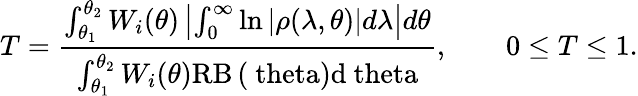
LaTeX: T=\frac{\int_{\theta_{1}}^{\theta_{2}}W_{i}(\theta)\left|\int_{0}^{\infty}\ln\left|\rho(\lambda,\theta)\right|\! \, d\lambda\right|d\theta}{\int_{\theta_{1}}^{\theta_{2}}W_{i}(\theta)\mathrm{{RB}\left(\ theta\right)d\ theta}},\qquad 0\le T\le 1.